Elephants and their diseases
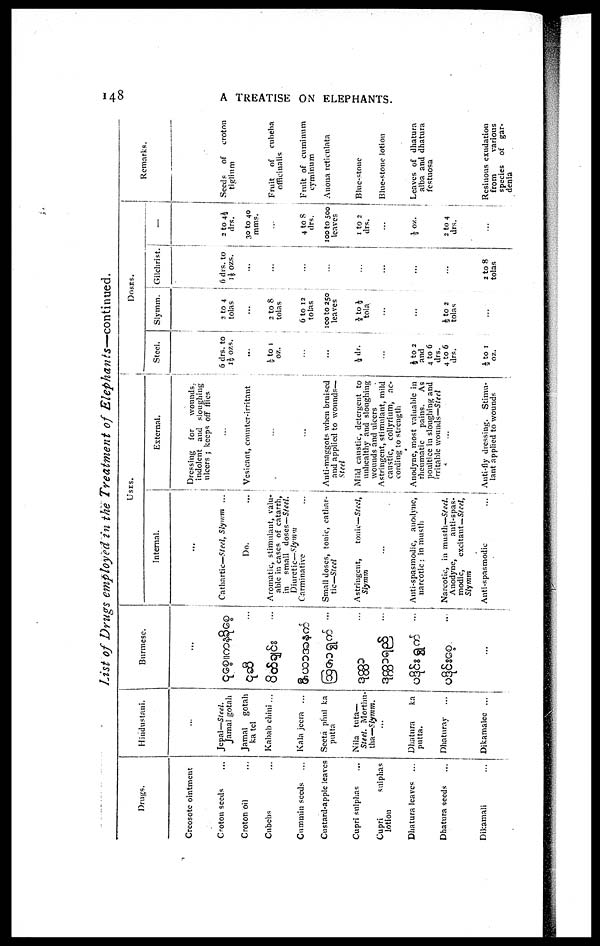
148
A TREATISE ON ELEPHANTS.
List of Drugs employed in the Treatment of Elephants—continued.
Drugs.
Creosote ointment
Croton seeds
Croton oil
Cubebs
Cummin seeds
Custard-apple leaves
Cupri sulphas
Cupri
sulphas
lotion
Dhatura leaves
...
Dhatura seeds
Dikamali
Hindustani.
Jepal—Steel.
Jamal gotah
Jamal
gotah
katel
Kabab chini...
Kala jeera ...
Seeta plul ka
putta
Nila tuta—
Steel. Morthu¬
tha—Slymm.
...
Dhatura
ka
putta.
Dhatura
Dikamalee ...
Burmese.
...
USES.
Internal.
...
Cathartic—Steel, Slymm ...
Do.
...
Aromatic, stimulant, valu¬
able in cases of catarrh,
in
small doses—Steel.
Diuretic—Slymm
Carminative
Small doses, tonic, cathar¬
tic— Steel
Astringent,
tonic—Steel,
Slymm
...
Anti-spasmodic, anodyne,
narcotic: in musth
Narcotic, in musth—Steel.
Anodyne,
anti-spas¬
modic,
excitant—Steel,
Slymm
Anti-spasmodic
External.
Dressing
for
wounds.
indolent and sloughing
ulcers ; keeps off flies
...
Vesicant, counter-irritant
...
...
Anti-maggots when bruised
and applied to wounds—
Steel
Mild caustic, detergent to
unhealthy and sloughing
wounds and ulcers
Astringent, stimulant, mild
caustic, collyrium, ac-
cording to strength
Anodyne, most valuable in
rheumatic
pains.
As
poultice in sloughing and
irritable wounds—Steel
...
Auti-fly dressing. Stimu¬
lant applied to wounds
DOSES.
Steel.
6 drs. to
l½OZS.
..
½ to 1
oz.
...
...
½ dr.
...
½ to 2
and
4 to 6
drs.
4 to 6
drs.
½ to 1
oz.
Slymm.
2 to 4
tolas
2 to 8
tolas
6 to 12
tolas
100 to 250
leaves
⅛to½
tola
...
½ to 2
tolas
Gilchrist.
6 drs. to
l|½ OZS.
...
...
...
...
...
2 to 8
tolas
—
2 to 4½
drs.
30 to 40
mms.
...
4 to 8
drs.
100 to 500
leaves
1 to 2
drs.
...
½ oz.
2 to 4
drs.
Remarks.
Seeds
of
croton
tiglium
Fruit
of
cubeba
officinalis
Fruit of cuminum
cyminum
Anona reticulata
Blue-stone
Blue-stone lotion
Leaves of dhatura
alba and dhatura
festuosa
Resinous exudation
from
various
species of gar¬
denia